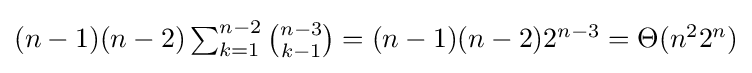
{\textstyle (n-1)(n-2)\sum _{k=1}^{n-2}{\binom {n-3}{k-1}}=(n-1)(n-2)2^{n-3}=\Theta (n^{2}2^{n})}